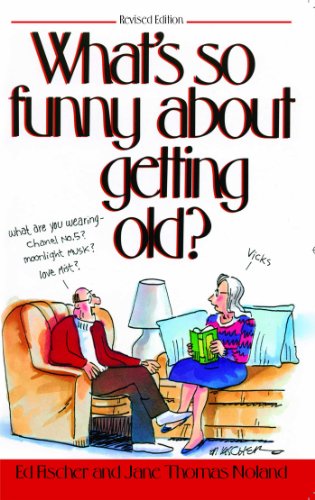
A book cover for What's So Funny About Getting Old; Ed Fischer; Humor & Entertainment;